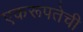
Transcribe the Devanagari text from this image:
एकरूपतेची